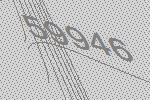
59946